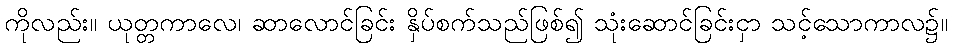
ကိုလည်း။ ယုတ္တကာလေ၊ ဆာလောင်ခြင်း နှိပ်စက်သည်ဖြစ်၍ သုံးဆောင်ခြင်းငှာ သင့်သောကာလ၌။